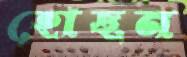
হোছন